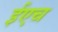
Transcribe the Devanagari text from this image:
ईएच